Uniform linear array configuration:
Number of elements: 8
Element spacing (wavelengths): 0.75
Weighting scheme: blackman
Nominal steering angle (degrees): -45
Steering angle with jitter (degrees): -46.239
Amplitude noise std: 0.05
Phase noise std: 0.05

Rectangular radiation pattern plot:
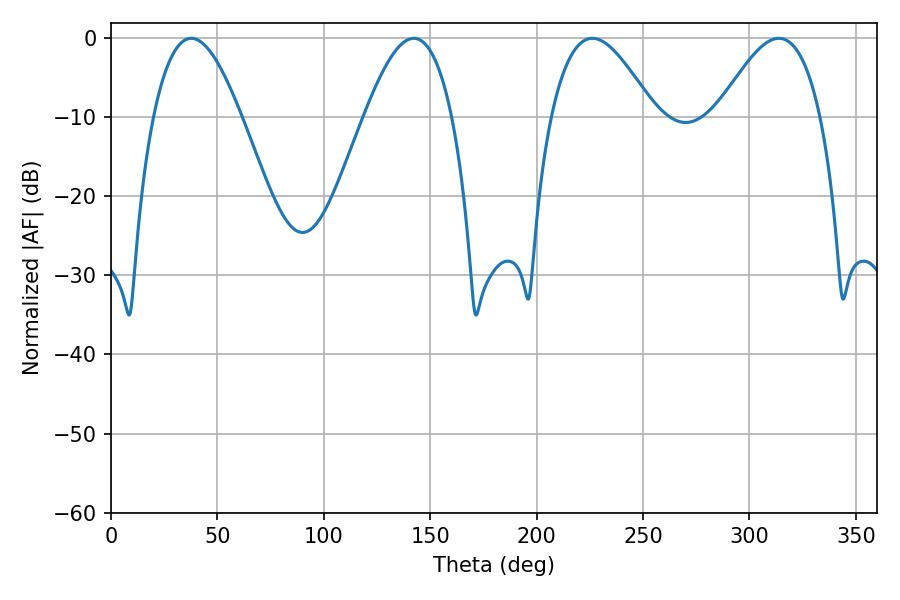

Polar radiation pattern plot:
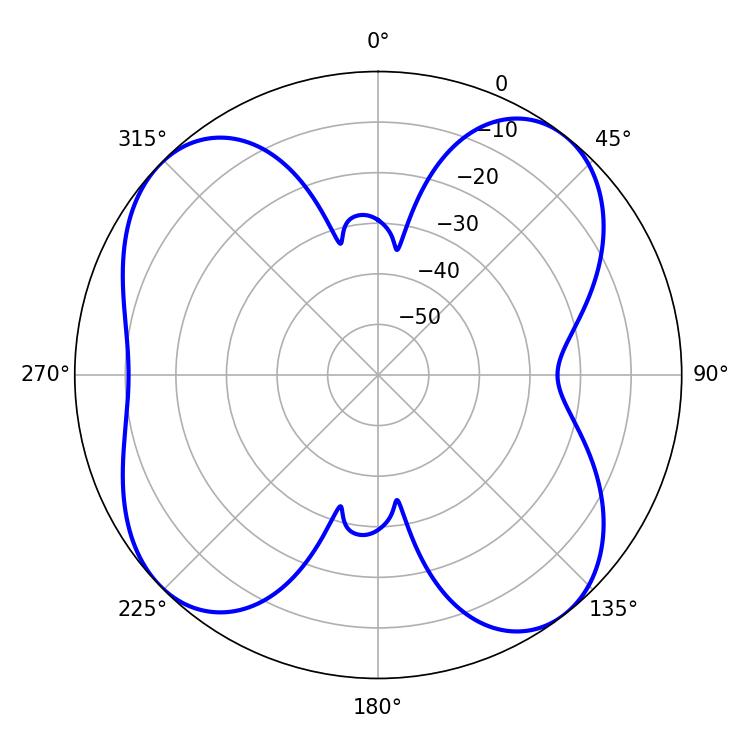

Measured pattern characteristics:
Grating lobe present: TRUE
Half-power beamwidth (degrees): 26.28
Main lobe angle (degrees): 226.26